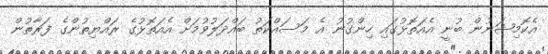
އެކޮމިޝަނުން ބުނީ އެއަތޮޅުގައި ހިންގުނު އެ މަސައްކަތު ބައްދަލުވުމަށް އެއަތޮޅުގެ ރައްޔިތުންގެ ފަރާތުން